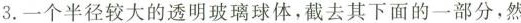
3.一个半径较大的透明玻璃球体，截去其下面的一部分，然